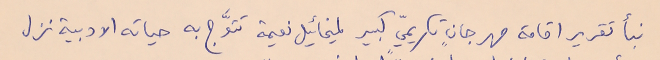
نبأ تقرير اقامة مهرجانٍ تكريميٍّ كبير لميخائيل نعيمة تتوَّج به حياته الادبية نزل